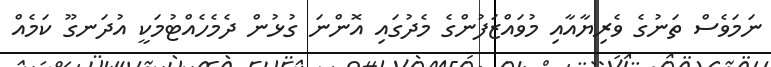
ނަމަވެސް ތަނުގެ ވެރިޔާއާއި މުވައްޒަފުންގެ މެދުގައި އޮންނަ ގުޅުން ދެމެހެއްޓުމަކީ އުދަނގޫ ކަމެއް